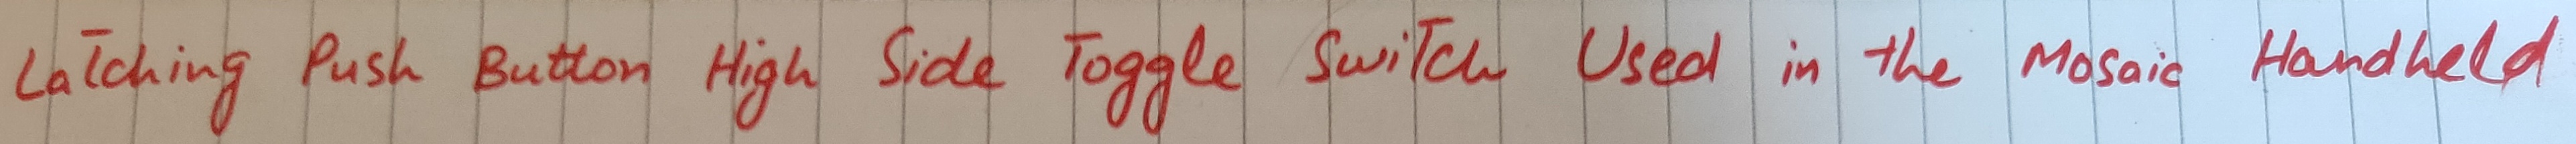
Text: Latching Push Button High Side Toggle Switch Used in the Mosaic Handheld